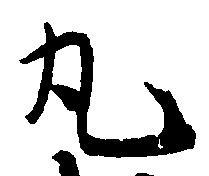
丸